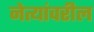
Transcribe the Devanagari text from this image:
नेत्यांवरील